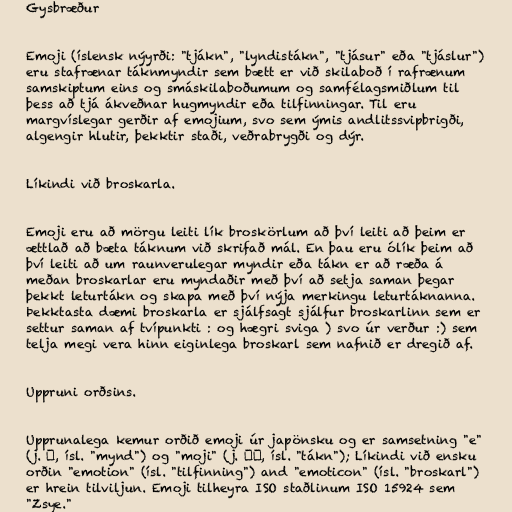
Gysbræður

Emoji (íslensk nýyrði: "tjákn", "lyndistákn", "tjásur" eða "tjáslur")
eru stafrænar táknmyndir sem bætt er við skilaboð í rafrænum
samskiptum eins og smáskilaboðumum og samfélagsmiðlum til
þess að tjá ákveðnar hugmyndir eða tilfinningar. Til eru
margvíslegar gerðir af emojium, svo sem ýmis andlitssvipbrigði,
algengir hlutir, þekktir staði, veðrabrygði og dýr.

Líkindi við broskarla.

Emoji eru að mörgu leiti lík broskörlum að því leiti að þeim er
ættlað að bæta táknum við skrifað mál. En þau eru ólík þeim að
því leiti að um raunverulegar myndir eða tákn er að ræða á
meðan broskarlar eru myndaðir með því að setja saman þegar
þekkt leturtákn og skapa með því nýja merkingu leturtáknanna.
Þekktasta dæmi broskarla er sjálfsagt sjálfur broskarlinn sem er
settur saman af tvípunkti : og hægri sviga ) svo úr verður :) sem
telja megi vera hinn eiginlega broskarl sem nafnið er dregið af.

Uppruni orðsins.

Upprunalega kemur orðið emoji úr japönsku og er samsetning "e"
(j. 絵, ísl. "mynd") og "moji" (j. 文字, ísl. "tákn"); Líkindi við ensku
orðin "emotion" (ísl. "tilfinning") and "emoticon" (ísl. "broskarl")
er hrein tilviljun. Emoji tilheyra ISO staðlinum ISO 15924 sem
"Zsye."